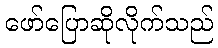
ဖော်ပြောဆိုလိုက်သည်